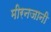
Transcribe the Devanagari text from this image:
मीरनजानी